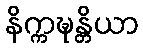
နိက္ကဍ္ဎန္တိယာ